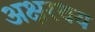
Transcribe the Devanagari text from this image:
अक्षरथय